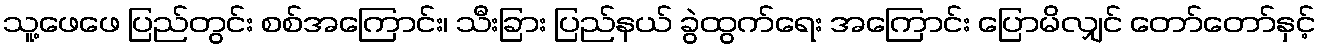
သူ့ဖေဖေ ပြည်တွင်း စစ်အကြောင်း၊ သီးခြား ပြည်နယ် ခွဲထွက်ရေး အကြောင်း ပြောမိလျှင် တော်တော်နှင့်